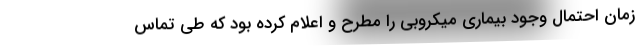
زمان احتمال وجود بیماری میکروبی را مطرح و اعلام کرده بود که طی تماس